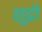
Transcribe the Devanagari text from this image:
क्षुद्रो